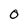
Character: 0